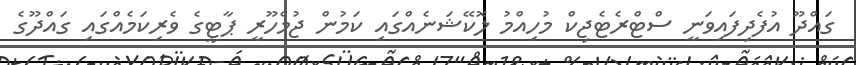
ގައްދޫ އުފެދިފައިވަނީ ސްޓްރެޓެޖިކް މުހިއްމު ލޮކޭޝަނެއްގައި ކަމުން ޖުމްހޫރީ ޕާޓީގެ ވެރިކަމެއްގައި ގައްދޫގެ